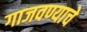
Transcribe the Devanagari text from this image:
गाजवण्याचे